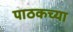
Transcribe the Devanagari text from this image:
पाठकच्या